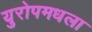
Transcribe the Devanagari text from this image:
युरोपमधला